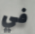
في